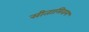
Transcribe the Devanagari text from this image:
सीतामिराम